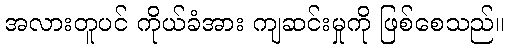
အလားတူပင် ကိုယ်ခံအား ကျဆင်းမှုကို ဖြစ်စေသည်။